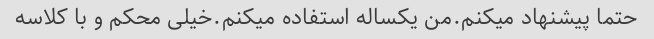
حتما پیشنهاد میکنم.من یکساله استفاده میکنم.خیلی محکم و با کلاسه